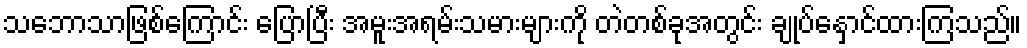
သဘောသာဖြစ်ကြောင်း ပြောပြီး အမူးအရမ်းသမားများကို တဲတစ်ခုအတွင်း ချုပ်နှောင်ထားကြသည်။